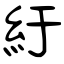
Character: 紆